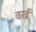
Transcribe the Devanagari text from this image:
वर्ख